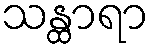
သန္ထာရာ